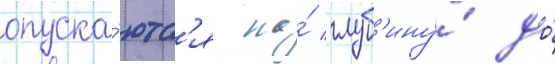
опуска́ютс'я на́ глуб'ину́ до́